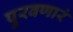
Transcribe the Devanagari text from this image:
पुरवणारं